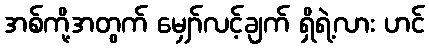
အစ်ကို့အတွက် မျှော်လင့်ချက် ရှိရဲ့လား ဟင်